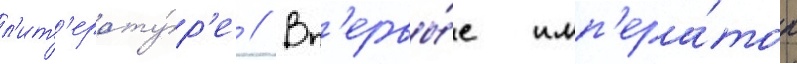
л'ит'ерату́р'е // Вп'ервы́е имп'ера́тор